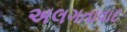
અલગતાવાદ